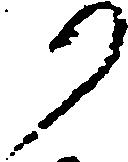
り